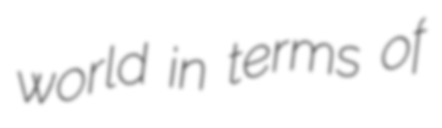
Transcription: world in terms of